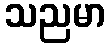
သညမာ